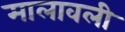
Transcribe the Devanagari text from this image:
मालावली